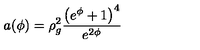
a ( \phi ) = \rho _ { g } ^ { 2 } \frac { \left( e ^ { \phi } + 1 \right) ^ { 4 } } { e ^ { 2 \phi } }